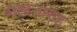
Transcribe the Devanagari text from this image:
गोत्रजांसह